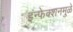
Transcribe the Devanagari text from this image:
इंन्फेक्शनमुळे